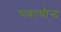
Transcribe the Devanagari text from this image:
चकाचौन्द